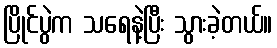
ပြိုင်ပွဲက သရေနဲ့ပြီး သွားခဲ့တယ်။